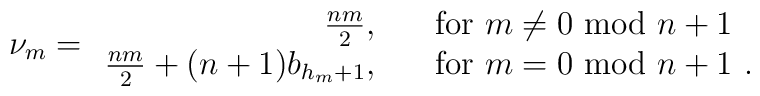
\nu_m=\begin{array}{rl} \frac{nm}{2},&           \quad \mbox{for $m \ne 0$ mod $n+1$}  \\  \frac{nm}{2}+(n+1) b_{h_m+1},&      \quad \mbox{for $m = 0$ mod $n+1$ }.\\\end{array}